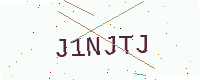
Text: J1NJTJ